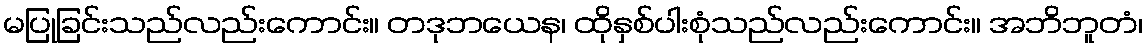
မပြုခြင်းသည်လည်းကောင်း။ တဒုဘယေန၊ ထိုနှစ်ပါးစုံသည်လည်းကောင်း။ အဘိဘူတံ၊